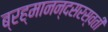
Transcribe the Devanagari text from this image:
ब्रह्मानन्दसरस्वती